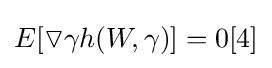
E[\triangledown \gamma h(W,\gamma )]=0[4]